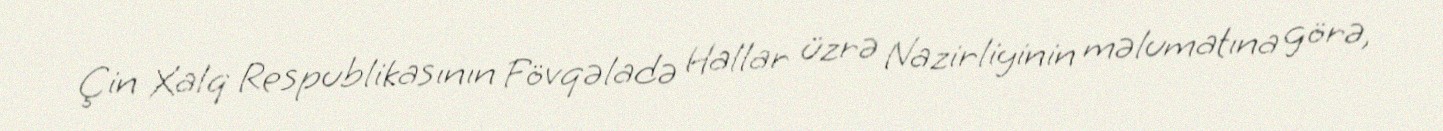
Çin Xalq Respublikasının Fövqəladə Hallar üzrə Nazirliyinin məlumatına görə,